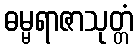
ဓမ္မရာဇာသုတ္တံ